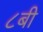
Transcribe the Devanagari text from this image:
८बी